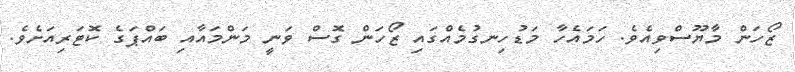
ޒޯހަން މާޔޫސްވިއެވެ. ހަމައެހާ މަޑުހިނގުމެއްގައި ޒޯހަން ގޮސް ވަނީ މަންމައާއި ބައްޕަގެ ކޮޓަރިއަށެވެ.